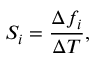
S _ { i } = \frac { \Delta f _ { i } } { \Delta T } ,